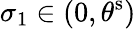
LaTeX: \sigma_{1}\in(0,{\theta}^{\mathrm{{s}}})